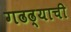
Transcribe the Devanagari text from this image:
गढढ्याची